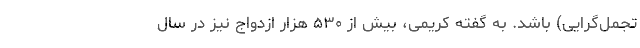
تجمل‌گرایی) باشد. به گفته کریمی، بیش از ۵۳۰ هزار ازدواج نیز در سال